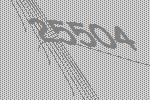
25504